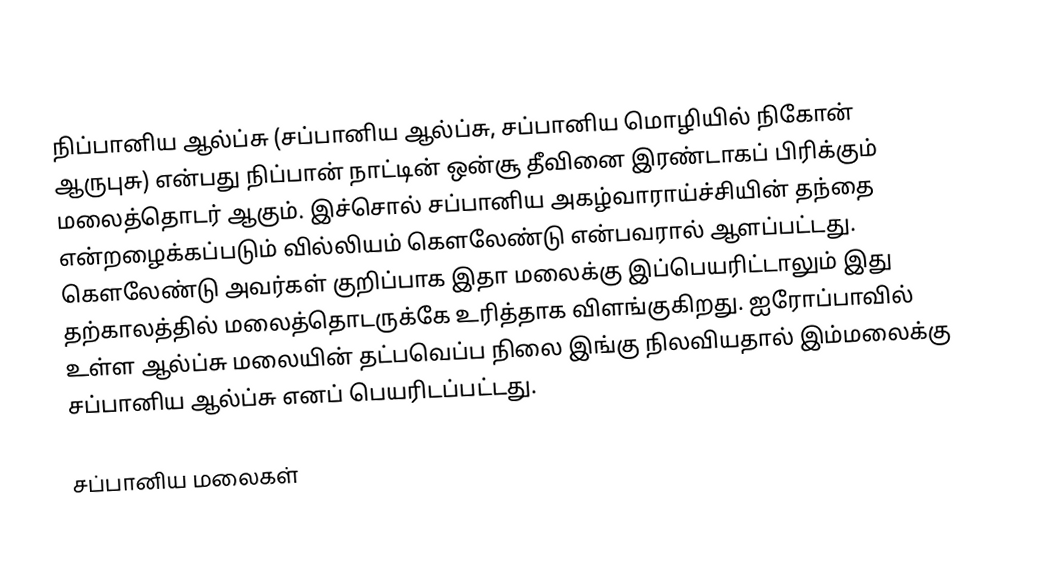
நிப்பானிய ஆல்ப்சு (சப்பானிய ஆல்ப்சு, சப்பானிய மொழியில் நிகோன் ஆருபுசு) என்பது நிப்பான் நாட்டின் ஒன்சூ தீவினை இரண்டாகப் பிரிக்கும் மலைத்தொடர் ஆகும். இச்சொல் சப்பானிய அகழ்வாராய்ச்சியின் தந்தை என்றழைக்கப்படும் வில்லியம் கௌலேண்டு என்பவரால் ஆளப்பட்டது. கௌலேண்டு அவர்கள் குறிப்பாக இதா மலைக்கு இப்பெயரிட்டாலும் இது தற்காலத்தில் மலைத்தொடருக்கே உரித்தாக விளங்குகிறது. ஐரோப்பாவில் உள்ள ஆல்ப்சு மலையின் தட்பவெப்ப நிலை இங்கு நிலவியதால் இம்மலைக்கு சப்பானிய ஆல்ப்சு எனப் பெயரிடப்பட்டது.

சப்பானிய மலைகள்